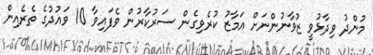
މުންދު ވިދާޅުވީ ޒުވާނުންނަށް އަމާޒު ކުރެވިގެން ސަރުކާރުން ވެފައިވާ 10 ވައުދުގެ ތެރެއިން